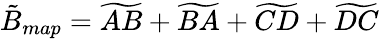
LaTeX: \tilde{B}_{map}=\widetilde{AB}+\widetilde{BA}+\widetilde{CD}+\widetilde{DC}